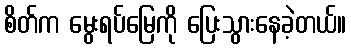
စိတ်က မွေးရပ်မြေကို ပြေးသွားနေခဲ့တယ်။